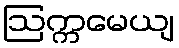
ဩက္ကမေယျ